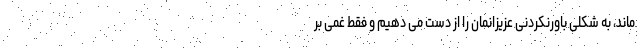
ماند، به شکلی باورنکردنی عزیزانمان را از دست می دهیم و فقط غمی بر